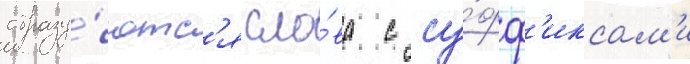
образу́ютс'я сло́ва с су́фф'иксам'и